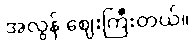
အလွန် ဈေးကြီးတယ်။